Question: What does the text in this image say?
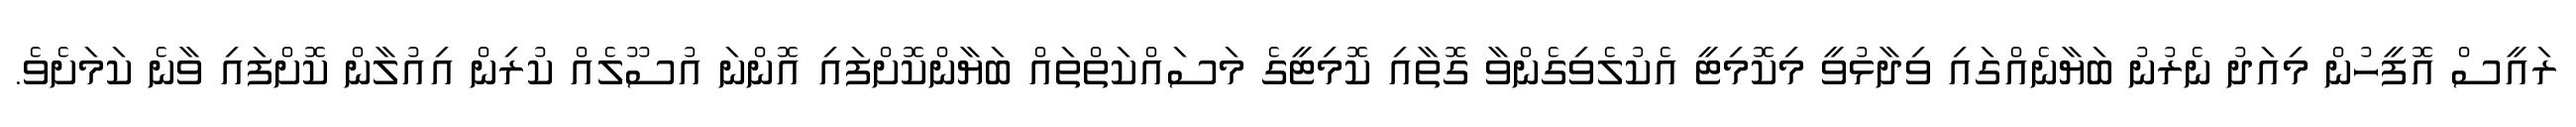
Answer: ރައީސް އޮފީހުން މިއަދު ނެރުނު ބަޔާނެއްގައި ވިދާޅުވީ މިކޮމިޓީ އެކުލެވިގެންވާ ގޮތާއި ކޮމިޓީގެ މަސައްކަތްތައް ބަޔާންކޮށްފައި އޮންނަ އުސޫލެއް ކުރިން އިއުލާން ކޮށްފައި ވާނެ ކަމަށެވެ.